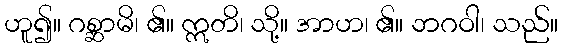
ဟူ၍။ ဂစ္ဆာမိ၊ ၏။ ဣတိ၊ သို့။ အာဟ၊ ၏။ ဘဂဝါ၊ သည်။